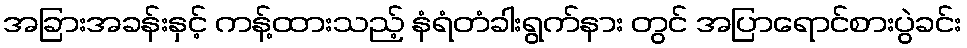
အခြားအခန်းနှင့် ကန့်ထားသည့် နံရံတံခါးရွက်နား တွင် အပြာရောင်စားပွဲခင်း